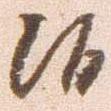
候